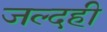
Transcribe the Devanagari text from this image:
जल्‍दही